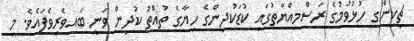
ޗިކިންގ ހުޅުވުމުގެ ރަސްމިއްޔާތުގައި ކުޑަކުދިންގެ ހިޔާގެ ތުއްތު ކުދިން ވަނީ ބައިވެރިވެފައެވެ. މި